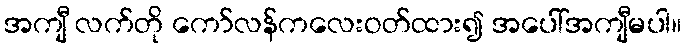
အကျီ လက်တို ကော်လန်ကလေးဝတ်ထား၍ အပေါ်အကျီမပါ။